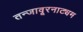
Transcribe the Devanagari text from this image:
तन्‍जावूरनाट्यम